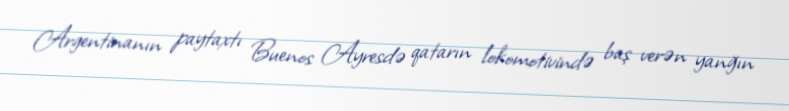
Argentinanın paytaxtı Buenos Ayresdə qatarın lokomotivində baş verən yanğın